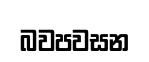
බවපවසන